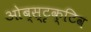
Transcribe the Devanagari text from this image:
ओब्स्टृक्टिव